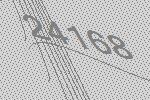
24168